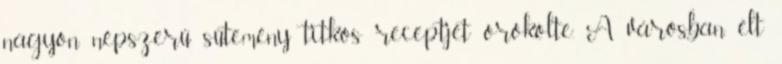
nagyon népszerű sütemény titkos receptjét örökölte. A városban élt